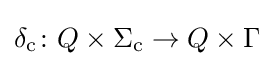
\delta _{\text{c}}\colon Q\times \Sigma _{\text{c}}\to Q\times \Gamma